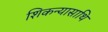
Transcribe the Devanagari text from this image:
शिकन्यासाथि